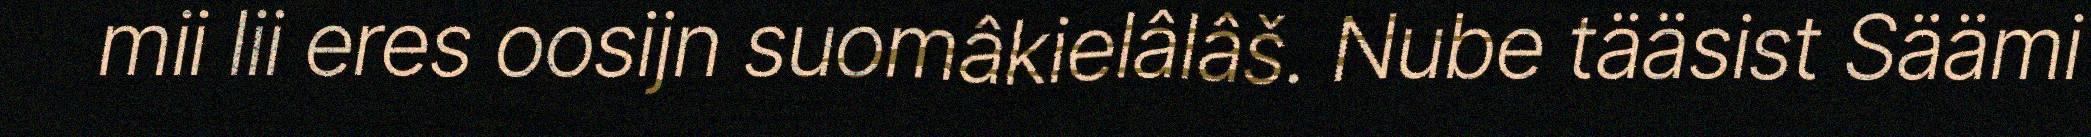
mii lii eres oosijn suomâkielâlâš. Nube tääsist Säämi